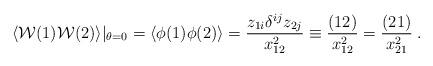
LaTeX: \begin{align*} \langle {\cal W} (1){\cal W} (2) \rangle|_{\theta=0} =\langle \phi(1)\phi(2) \rangle = \frac{z_{1i} \delta^{ij} z_{2j}}{x^2_{12}} \equiv \frac{(12)}{x^2_{12}} = \frac{(21)}{x^2_{21}}\;.\end{align*}